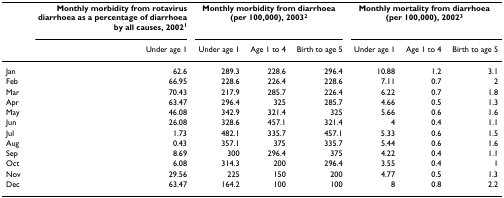
<table><thead><tr><td></td><td><b>Monthly morbidity from rotavirus diarrhoea as a percentage of diarrhoea by all causes, 2002<sup>1</sup></b></td><td colspan="3"><b>Monthly morbidity from diarrhoea (per 100,000), 2003<sup>2</sup></b></td><td colspan="3"><b>Monthly mortality from diarrhoea (per 100,000), 2002<sup>3</sup></b></td></tr><tr><td></td><td><b>Under age 1</b></td><td><b>Under age 1</b></td><td><b>Age 1 to 4</b></td><td><b>Birth to age 5</b></td><td><b>Under age 1</b></td><td><b>Age 1 to 4</b></td><td><b>Birth to age 5</b></td></tr></thead><tbody><tr><td>Jan</td><td>62.6</td><td>289.3</td><td>228.6</td><td>296.4</td><td>10.88</td><td>1.2</td><td>3.1</td></tr><tr><td>Feb</td><td>66.95</td><td>228.6</td><td>226.4</td><td>228.6</td><td>7.11</td><td>0.7</td><td>2</td></tr><tr><td>Mar</td><td>70.43</td><td>217.9</td><td>285.7</td><td>226.4</td><td>6.22</td><td>0.7</td><td>1.8</td></tr><tr><td>Apr</td><td>63.47</td><td>296.4</td><td>325</td><td>285.7</td><td>4.66</td><td>0.5</td><td>1.3</td></tr><tr><td>May</td><td>46.08</td><td>342.9</td><td>321.4</td><td>325</td><td>5.66</td><td>0.6</td><td>1.6</td></tr><tr><td>Jun</td><td>26.08</td><td>328.6</td><td>457.1</td><td>321.4</td><td>4</td><td>0.4</td><td>1.1</td></tr><tr><td>Jul</td><td>1.73</td><td>482.1</td><td>335.7</td><td>457.1</td><td>5.33</td><td>0.6</td><td>1.5</td></tr><tr><td>Aug</td><td>0.43</td><td>357.1</td><td>375</td><td>335.7</td><td>5.44</td><td>0.6</td><td>1.6</td></tr><tr><td>Sep</td><td>8.69</td><td>300</td><td>296.4</td><td>375</td><td>4.22</td><td>0.4</td><td>1.1</td></tr><tr><td>Oct</td><td>6.08</td><td>314.3</td><td>200</td><td>296.4</td><td>3.55</td><td>0.4</td><td>1</td></tr><tr><td>Nov</td><td>29.56</td><td>225</td><td>150</td><td>200</td><td>4.77</td><td>0.5</td><td>1.3</td></tr><tr><td>Dec</td><td>63.47</td><td>164.2</td><td>100</td><td>100</td><td>8</td><td>0.8</td><td>2.2</td></tr></tbody></table>